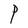
Character: P